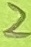
Text: 2